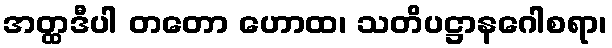
အတ္ထဒီပါ တတော ဟောထ၊ သတိပဋ္ဌာနဂေါစရာ၊